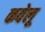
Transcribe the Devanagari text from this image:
कवेलू